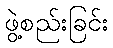
ဖွဲ့စည်းခြင်း